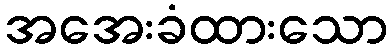
အအေးခံထားသော